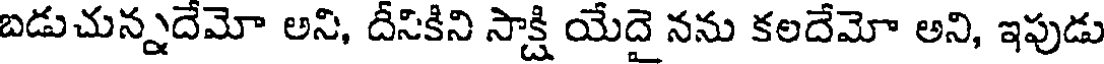
బడుచున్నదేమో అని, దీసికిని సాక్షి యేదై నను కలదేమో అని, ఇపుడు